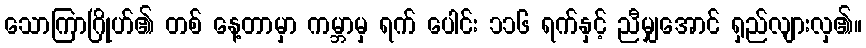
သောကြာဂြိုဟ်၏ တစ် နေ့တာမှာ ကမ္ဘာမှ ရက် ပေါင်း ၁၁၆ ရက်နှင့် ညီမျှအောင် ရှည်လျားလှ၏။